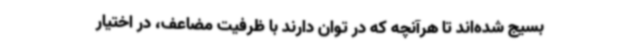
بسیج شده‌اند تا هرآنچه که در توان دارند با ظرفیت مضاعف، در اختیار